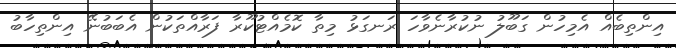
އިންތިބެއް އެމިހުން ގަބޫލު ނުކުރާނެވާހަ ރަނގަޅު މިތާ ކޮމެއްޓުކޫރާ ފަރާއްތަކުން އެބަބުނޭ އިންތިހާބު